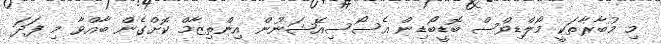
މި މުބާރާތަކީ މޯލްޑިވްސް ބޮޑީބޯޑިން އެސޯސިއޭޝަނުން އިންތިޒާމް ކޮށްގެން ބާއްވާ މި ފަދަ